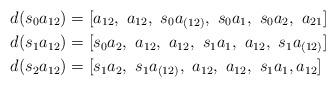
LaTeX: \begin{align*} d(s_0 a_{12})&= [a_{12},\ a_{12},\ s_0 a_{(12)},\ s_0 a_1, \ s_0 a_2,\ a_{21}] \\ d(s_1 a_{12})&= [s_0 a_2,\ a_{12} ,\ a_{12},\ s_1 a_1,\ a_{12},\ s_1 a_{(12)}] \\ d(s_2 a_{12})&= [s_1 a_{2},\ s_1 a_{(12)},\ a_{12}, \ a_{12}, \ s_1 a_1, a_{12}] \end{align*}